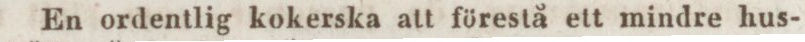
En ordentlig kokerska att förestå ett mindre hus-